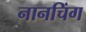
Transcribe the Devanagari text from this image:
नानचिंग